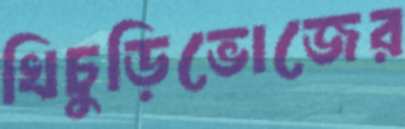
খিচুড়িভোজের